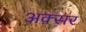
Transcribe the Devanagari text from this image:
अक़्सर